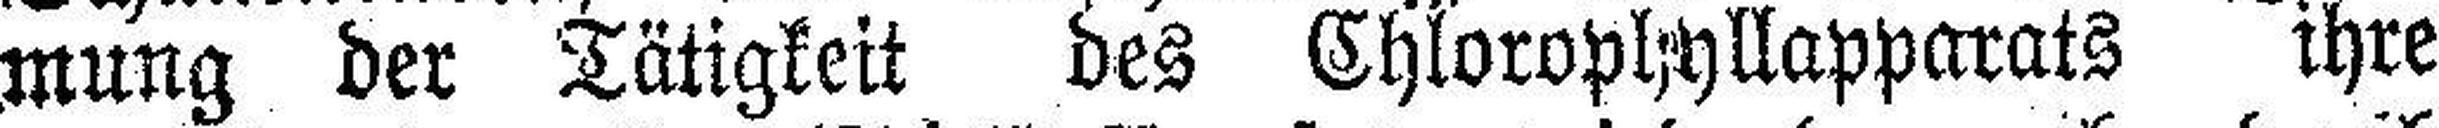
mung der Tätigkeit des Chlorophyllapparats ihre